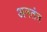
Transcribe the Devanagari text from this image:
अनतंत्र